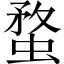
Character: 蝥